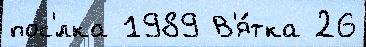
пос'́лка 1989 В'я́тка 26